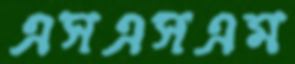
এসএসএম